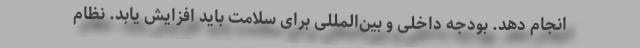
انجام دهد. بودجه داخلی و بین‌المللی برای سلامت باید افزایش یابد. نظام